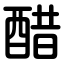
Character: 醋